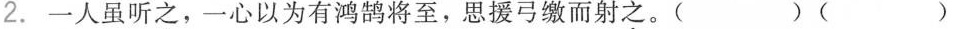
2.一人虽听之，一心以为有鸿鹄将至，思援弓缴而射之。( )( )